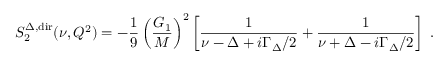
S _ { 2 } ^ { \Delta , \mathrm { d i r } } ( \nu , Q ^ { 2 } ) = - { \frac { 1 } { 9 } } \left( \frac { G _ { 1 } } { M } \right) ^ { 2 } \left[ { \frac { 1 } { \nu - \Delta + i { \Gamma _ { \Delta } / 2 } } } + { \frac { 1 } { \nu + \Delta - i { \Gamma _ { \Delta } / 2 } } } \right] \ .